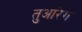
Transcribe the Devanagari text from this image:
तुआरेग